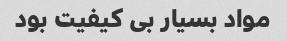
مواد بسیار بی کیفیت بود